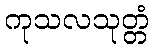
ကုသလသုတ္တံ